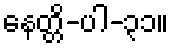
နေတ္တိ-ပါ-၃၁။